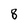
Character: 8